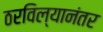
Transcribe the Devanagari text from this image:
ठरविल्यानंतर